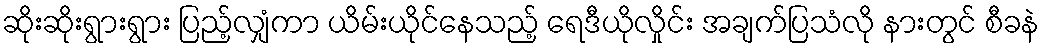
ဆိုးဆိုးရွားရွား ပြည့်လျှံကာ ယိမ်းယိုင်နေသည့် ရေဒီယိုလှိုင်း အချက်ပြသံလို နားတွင် စီခနဲ